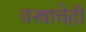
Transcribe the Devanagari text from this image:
वस्त्राचेही